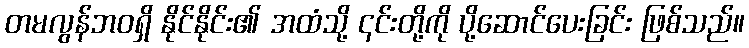
တမလွန်ဘဝရှိ နိုင်နိုင်း၏ အထံသို့ ၎င်းတို့ကို ပို့ဆောင်ပေးခြင်း ဖြစ်သည်။